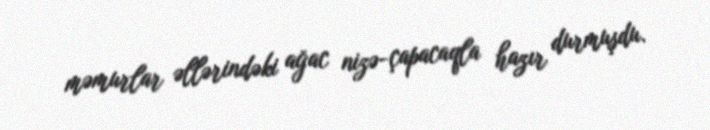
məmurlar əllərindəki ağac nizə-çapacaqla hazır durmuşdu.